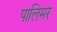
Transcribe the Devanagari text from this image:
पालिमर